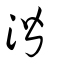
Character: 湝